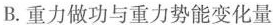
B.重力做功与重力势能变化量